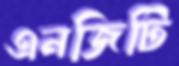
এনজিটি